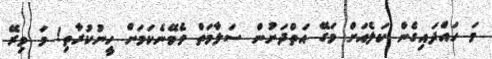
މަ ހައްދައިގެން ކަލެއަށް މަގޭ އަތްދަށުން ސަލާމަތް ވެވޭނެކަމަށް ހީނުކުރާތި! މަ މިރޭ